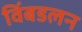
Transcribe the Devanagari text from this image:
विंबडलन